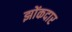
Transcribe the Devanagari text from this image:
झोंकदार